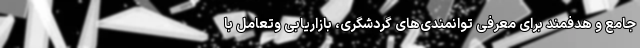
جامع و هدفمند برای معرفی توانمندی‌های گردشگری، بازاریابی وتعامل با